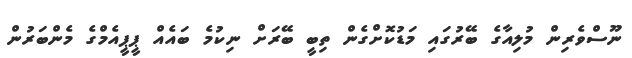
ނޫސްވެރިން މުލިއާގެ ބޭރުގައި މަޑުކޮށްގެން ތިބީ ބޭރަށް ނިކުމެ ބައެއް ޕީޕީއެމްގެ މެންބަރުން